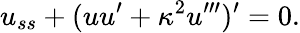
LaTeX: u_{ss}+(uu^{\prime}+\kappa^{2}u^{\prime\prime\prime})^{\prime}=0.